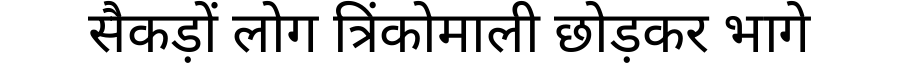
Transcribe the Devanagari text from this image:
सैकड़ों लोग त्रिंकोमाली छोड़कर भागे